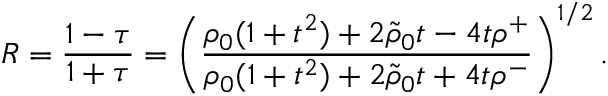
R = { \frac { 1 - \tau } { 1 + \tau } } = \left( { \frac { \rho _ { 0 } ( 1 + t ^ { 2 } ) + 2 \tilde { \rho } _ { 0 } t - 4 t \rho ^ { + } } { \rho _ { 0 } ( 1 + t ^ { 2 } ) + 2 \tilde { \rho } _ { 0 } t + 4 t \rho ^ { - } } } \right) ^ { 1 / 2 } .